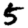
Digit: 5